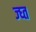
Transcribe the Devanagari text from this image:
ज्घ्त